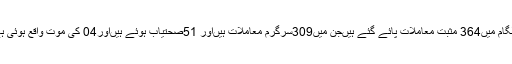
کولگام میں364 مثبت معاملات پائے گئے ہیںجن میں309سرگرم معاملات ہیںاور 51صحتیاب ہوئے ہیںاور04 کی موت واقع ہوئی ہے۔